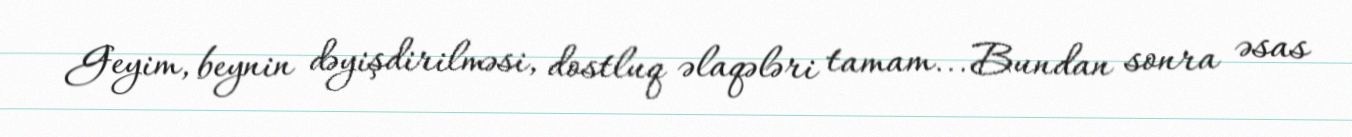
Geyim, beynin dəyişdirilməsi, dostluq əlaqələri tamam... Bundan sonra əsas